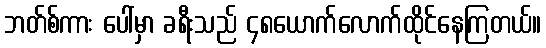
ဘတ်စ်ကား ပေါ်မှာ ခရီးသည် ၄၈ယောက်လောက်ထိုင်နေကြတယ်။